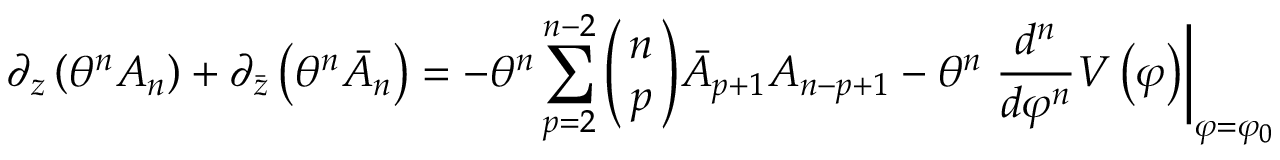
\partial _ { z } \left( \theta ^ { n } A _ { n } \right) + \partial _ { \bar { z } } \left( \theta ^ { n } \bar { A } _ { n } \right) = - \theta ^ { n } \sum _ { p = 2 } ^ { n - 2 } \left( \! \! \begin{array} { c } { { n } } \\ { { p } } \end{array} \! \! \right) \! \bar { A } _ { p + 1 } A _ { n - p + 1 } - \theta ^ { n } \left. \frac { d ^ { n } } { d \varphi ^ { n } } V \left( \varphi \right) \right| _ { \varphi = \varphi _ { 0 } }